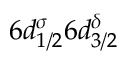
6 d _ { 1 / 2 } ^ { \sigma } 6 d _ { 3 / 2 } ^ { \delta }